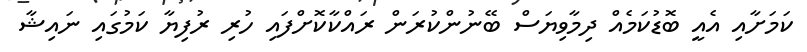
ކަމަށާއި އެއީ ބޮޑުކަމެއް ދިމާވިޔަސް ބޭނުންކުރަން ރައްކާކޮށްފައި ހުރި ރުފިޔާ ކަމުގައި ނައިޝާ